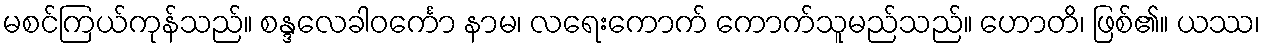
မစင်ကြယ်ကုန်သည်။ စန္ဒလေခါဝင်္ကော နာမ၊ လရေးကောက် ကောက်သူမည်သည်။ ဟောတိ၊ ဖြစ်၏။ ယဿ၊